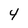
Character: 4